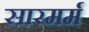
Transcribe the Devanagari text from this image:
सारमर्म